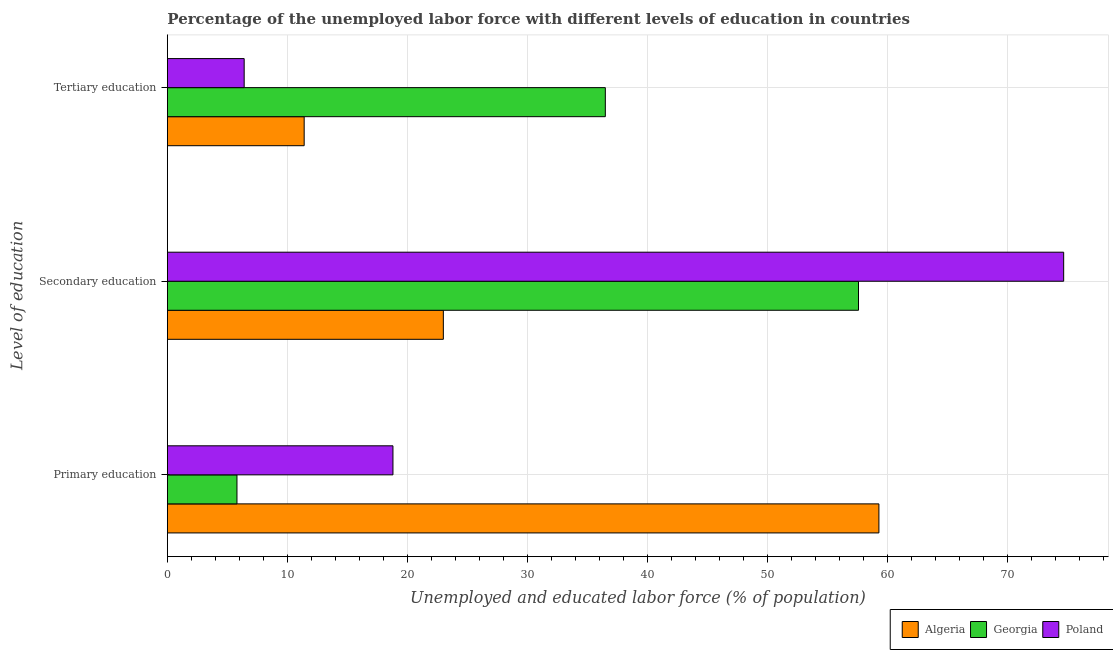
| Level of education | Algeria | Georgia | Poland |
 | --- | --- | --- | --- |
 | Primary education | 59.3 | 5.8 | 18.8 |
 | Secondary education | 23 | 57.6 | 74.7 |
 | Tertiary education | 11.4 | 36.5 | 6.4 |